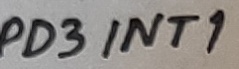
Text: PD3INT1